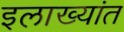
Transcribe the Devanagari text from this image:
इलाख्यांत